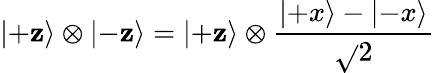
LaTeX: \left|+\mathbf{z}\right\rangle\otimes\left|-\mathbf{z}\right\rangle=\left|+\mathbf{z}\right\rangle\otimes{\frac{{\left|+x\right\rangle-\left|-x\right\rangle}}{{\sqrt{}{{2}}}}}